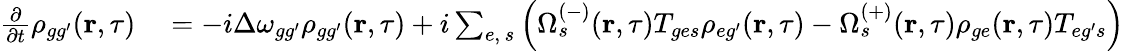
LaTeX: \begin{array}{rl}{\frac{\partial}{\partial t}\rho_{{gg^{\prime}}}(\textbf{r},\tau)}&{{}=-i\Delta\omega_{{gg^{\prime}}}\rho_{{gg^{\prime}}}(\textbf{r},\tau)+i\sum_{e,\, s}\left(\Omega_{s}^{(-)}(\textbf{r},\tau)T_{{ge}s}\rho_{{eg^{\prime}}}(\textbf{r},\tau)-\Omega_{s}^{(+)}(\textbf{r},\tau)\rho_{{ge}}(\textbf{r},\tau)T_{{eg^{\prime}}s}\right)}\end{array}